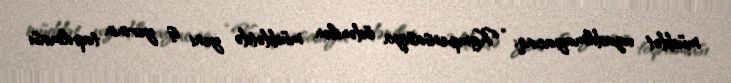
müddət uzadılmayacaq: “Kompensasiya ödənilən müddətdə yeni iş yerinin tapılması